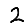
Digit: 2